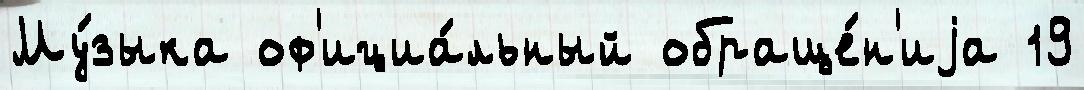
Му́зыка оф'ициа́льный обраще́н'иjа 19